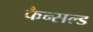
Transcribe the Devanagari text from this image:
कैन्सल्ड